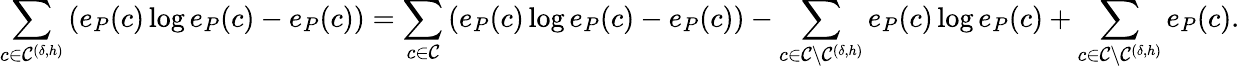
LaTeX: \sum_{c\in\mathcal{C}^{(\delta,h)}}\left(e_{P}(c)\log e_{P}(c)-e_{P}(c)\right)=\sum_{c\in\mathcal{C}}\left(e_{P}(c)\log e_{P}(c)-e_{P}(c)\right)-\sum_{c\in\mathcal{C}\setminus\mathcal{C}^{(\delta,h)}}e_{P}(c)\log e_{P}(c)+\sum_{c\in\mathcal{C}\setminus\mathcal{C}^{(\delta,h)}}e_{P}(c).